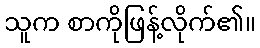
သူက စာကိုဖြန့်လိုက်၏။